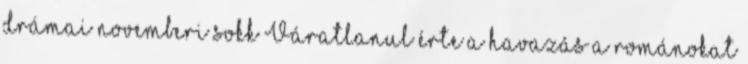
drámai novemberi sokk Váratlanul érte a havazás a románokat